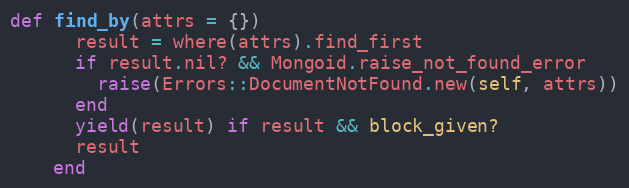
Language: Ruby
def find_by(attrs = {})
      result = where(attrs).find_first
      if result.nil? && Mongoid.raise_not_found_error
        raise(Errors::DocumentNotFound.new(self, attrs))
      end
      yield(result) if result && block_given?
      result
    end